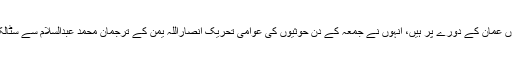
دوسری جانب برطانوی وزیر خارجہ جو ان دنوں عمان کے دورے پر ہیں، انہوں نے جمعہ کے دن حوثیوں کی عوامی تحریک انصاراللہ یمن کے ترجمان محمد عبدالسلام سے سٹالکھام معاہدے کے بارے میں تبادلہ خیال کیا ہے۔